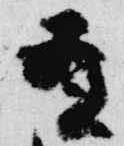
有